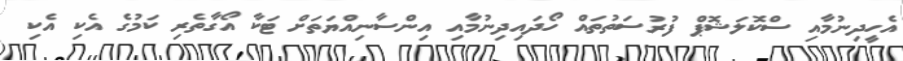
އެހީދިނުމާއި ސްކޮލަޝޮޕް ފުރުސަތުތައް ހޯދައިދިނުމާއި އިންސާނިއްޔަތަށް ޓަކާ އޯގާތެރި ކަމުގެ އެކި އެކި